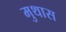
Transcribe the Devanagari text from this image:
मुथास